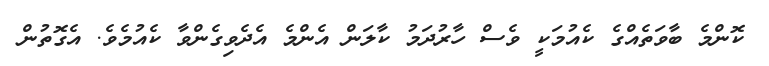
ކޮންމެ ބާވަތެއްގެ ކެއުމަކީ ވެސް ހާރުދަމު ކާލަން އެންމެ އެދެވިގެންވާ ކެއުމެވެ. އެގޮތުން